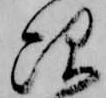
次